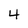
Character: 4